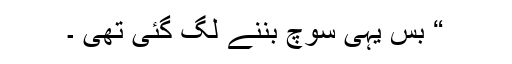
“ بس یہی سوچ بننے لگ گئی تھی ۔